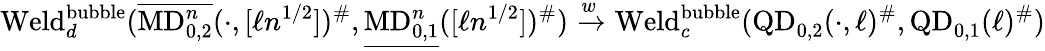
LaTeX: \mathrm{Weld}_{d}^{\mathrm{bubble}}(\overline{{\mathrm{MD}_{0,2}^{n}}}(\cdot,[\ell n^{1/2}])^{\# },\underline{{\mathrm{MD}_{0,1}^{n}}}([\ell n^{1/2}])^{\# })\xrightarrow{w}\mathrm{Weld}_{c}^{\mathrm{bubble}}(\mathrm{QD}_{0,2}(\cdot,\ell)^{\# },\mathrm{QD}_{0,1}(\ell)^{\# })